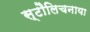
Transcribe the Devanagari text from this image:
स्टौलिचनाया